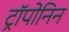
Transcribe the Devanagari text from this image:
ट्रॉपोनिन